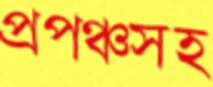
প্রপঞ্চসহ